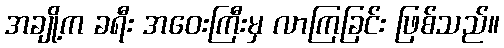
အချို့က ခရီး အဝေးကြီးမှ လာကြခြင်း ဖြစ်သည်။